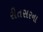
રીતસરના